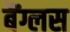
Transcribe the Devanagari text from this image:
बैंग्लस